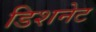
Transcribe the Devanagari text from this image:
डिशनेट